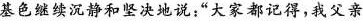
基色继续沉静和坚决地说:“大家都记得，我父亲